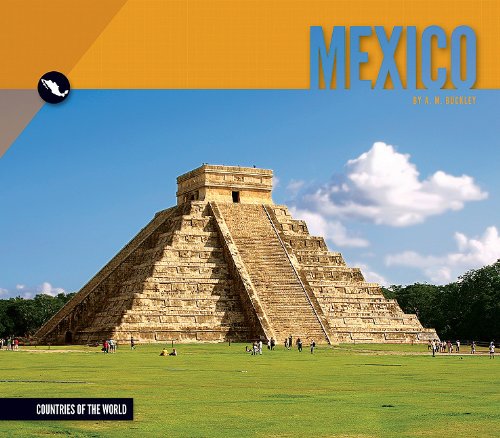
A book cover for Mexico (Countries of the World); A. M. Buckley; Children's Books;